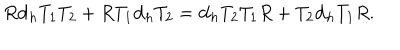
R { \bf d } _ { h } T _ { 1 } T _ { 2 } + R T _ { 1 } { \bf d } _ { h } T _ { 2 } = { \bf d } _ { h } T _ { 2 } T _ { 1 } R + T _ { 2 } { \bf d } _ { h } T _ { 1 } R .